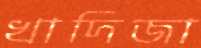
খাদিজা